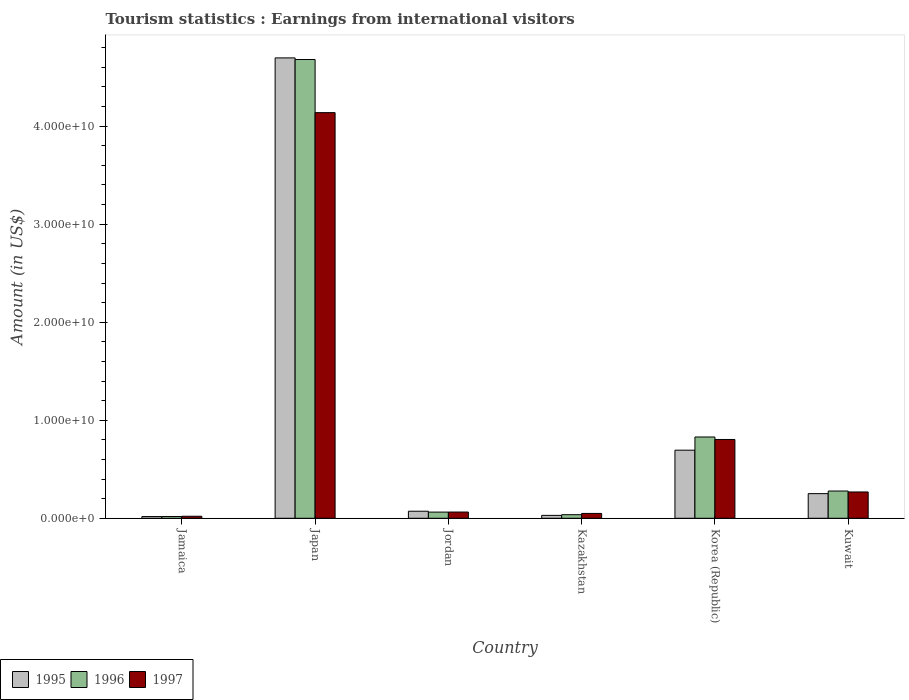
| Country | 1995 | 1996 | 1997 |
 | --- | --- | --- | --- |
 | Jamaica | 1.73e+08 | 1.81e+08 | 2.05e+08 |
 | Japan | 4.7e+10 | 4.68e+10 | 4.14e+10 |
 | Jordan | 7.19e+08 | 6.3e+08 | 6.35e+08 |
 | Kazakhstan | 2.96e+08 | 3.64e+08 | 4.94e+08 |
 | Korea (Republic) | 6.95e+09 | 8.29e+09 | 8.04e+09 |
 | Kuwait | 2.51e+09 | 2.78e+09 | 2.68e+09 |